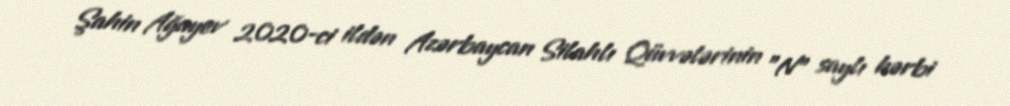
Şahin Ağayev 2020-ci ildən Azərbaycan Silahlı Qüvvələrinin "N" saylı hərbi